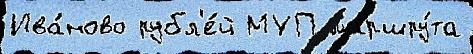
Ива́ново рубл'е́й МУП маршру́та